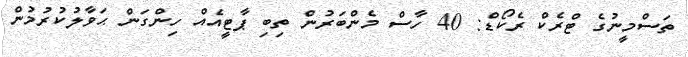
ތަސްމީނުގެ ޓްރެކް ރެކޯޑް: 40 ހާސް މެންބަރުން ތިބި ޕާޓީއެއް ހިންގަން ޙަވާލުކުރުމުން